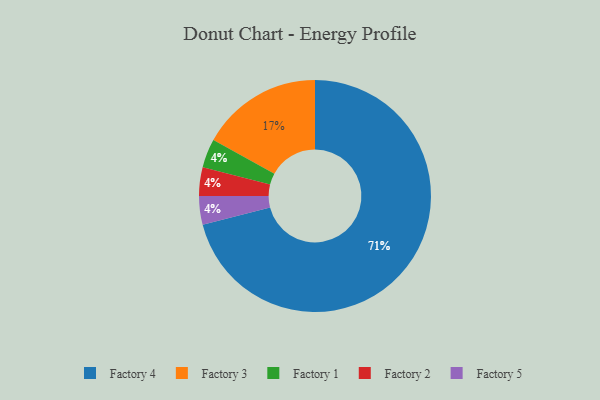
{"axis": {"x": "Category", "y": "Percentage"}, "legend": ["Factory 1", "Factory 2", "Factory 3", "Factory 4", "Factory 5"], "data": [{"x": "Factory 1", "y": 4, "type": "Factory 1"}, {"x": "Factory 4", "y": 71, "type": "Factory 4"}, {"x": "Factory 2", "y": 4, "type": "Factory 2"}, {"x": "Factory 5", "y": 4, "type": "Factory 5"}, {"x": "Factory 3", "y": 17, "type": "Factory 3"}]}